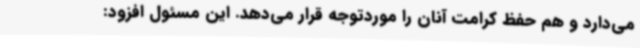
می‌دارد و هم حفظ کرامت آنان را موردتوجه قرار می‌دهد. این مسئول افزود: